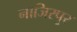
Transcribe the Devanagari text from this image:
नाजिरपुर